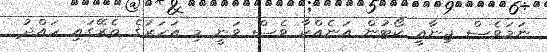
ނަމަވެސް ޖިނާއީ ކޯޓުން އަނެއްކާ ވެސް ވަނީ މި އަހަރުގެ ތެރޭގައި ހައްދު